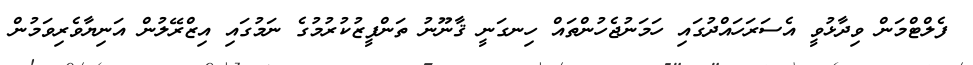
ފެލްޓްމަން ވިދާޅުވީ އެސަރަހައްދުގައި ހަމަނުޖެހުންތައް ހިނގަނީ ޤާނޫނު ތަންފީޒުކުރުމުގެ ނަމުގައި އިޒްރޭލުން އަނިޔާވެރިވަމުން